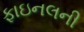
ફાઇનલની